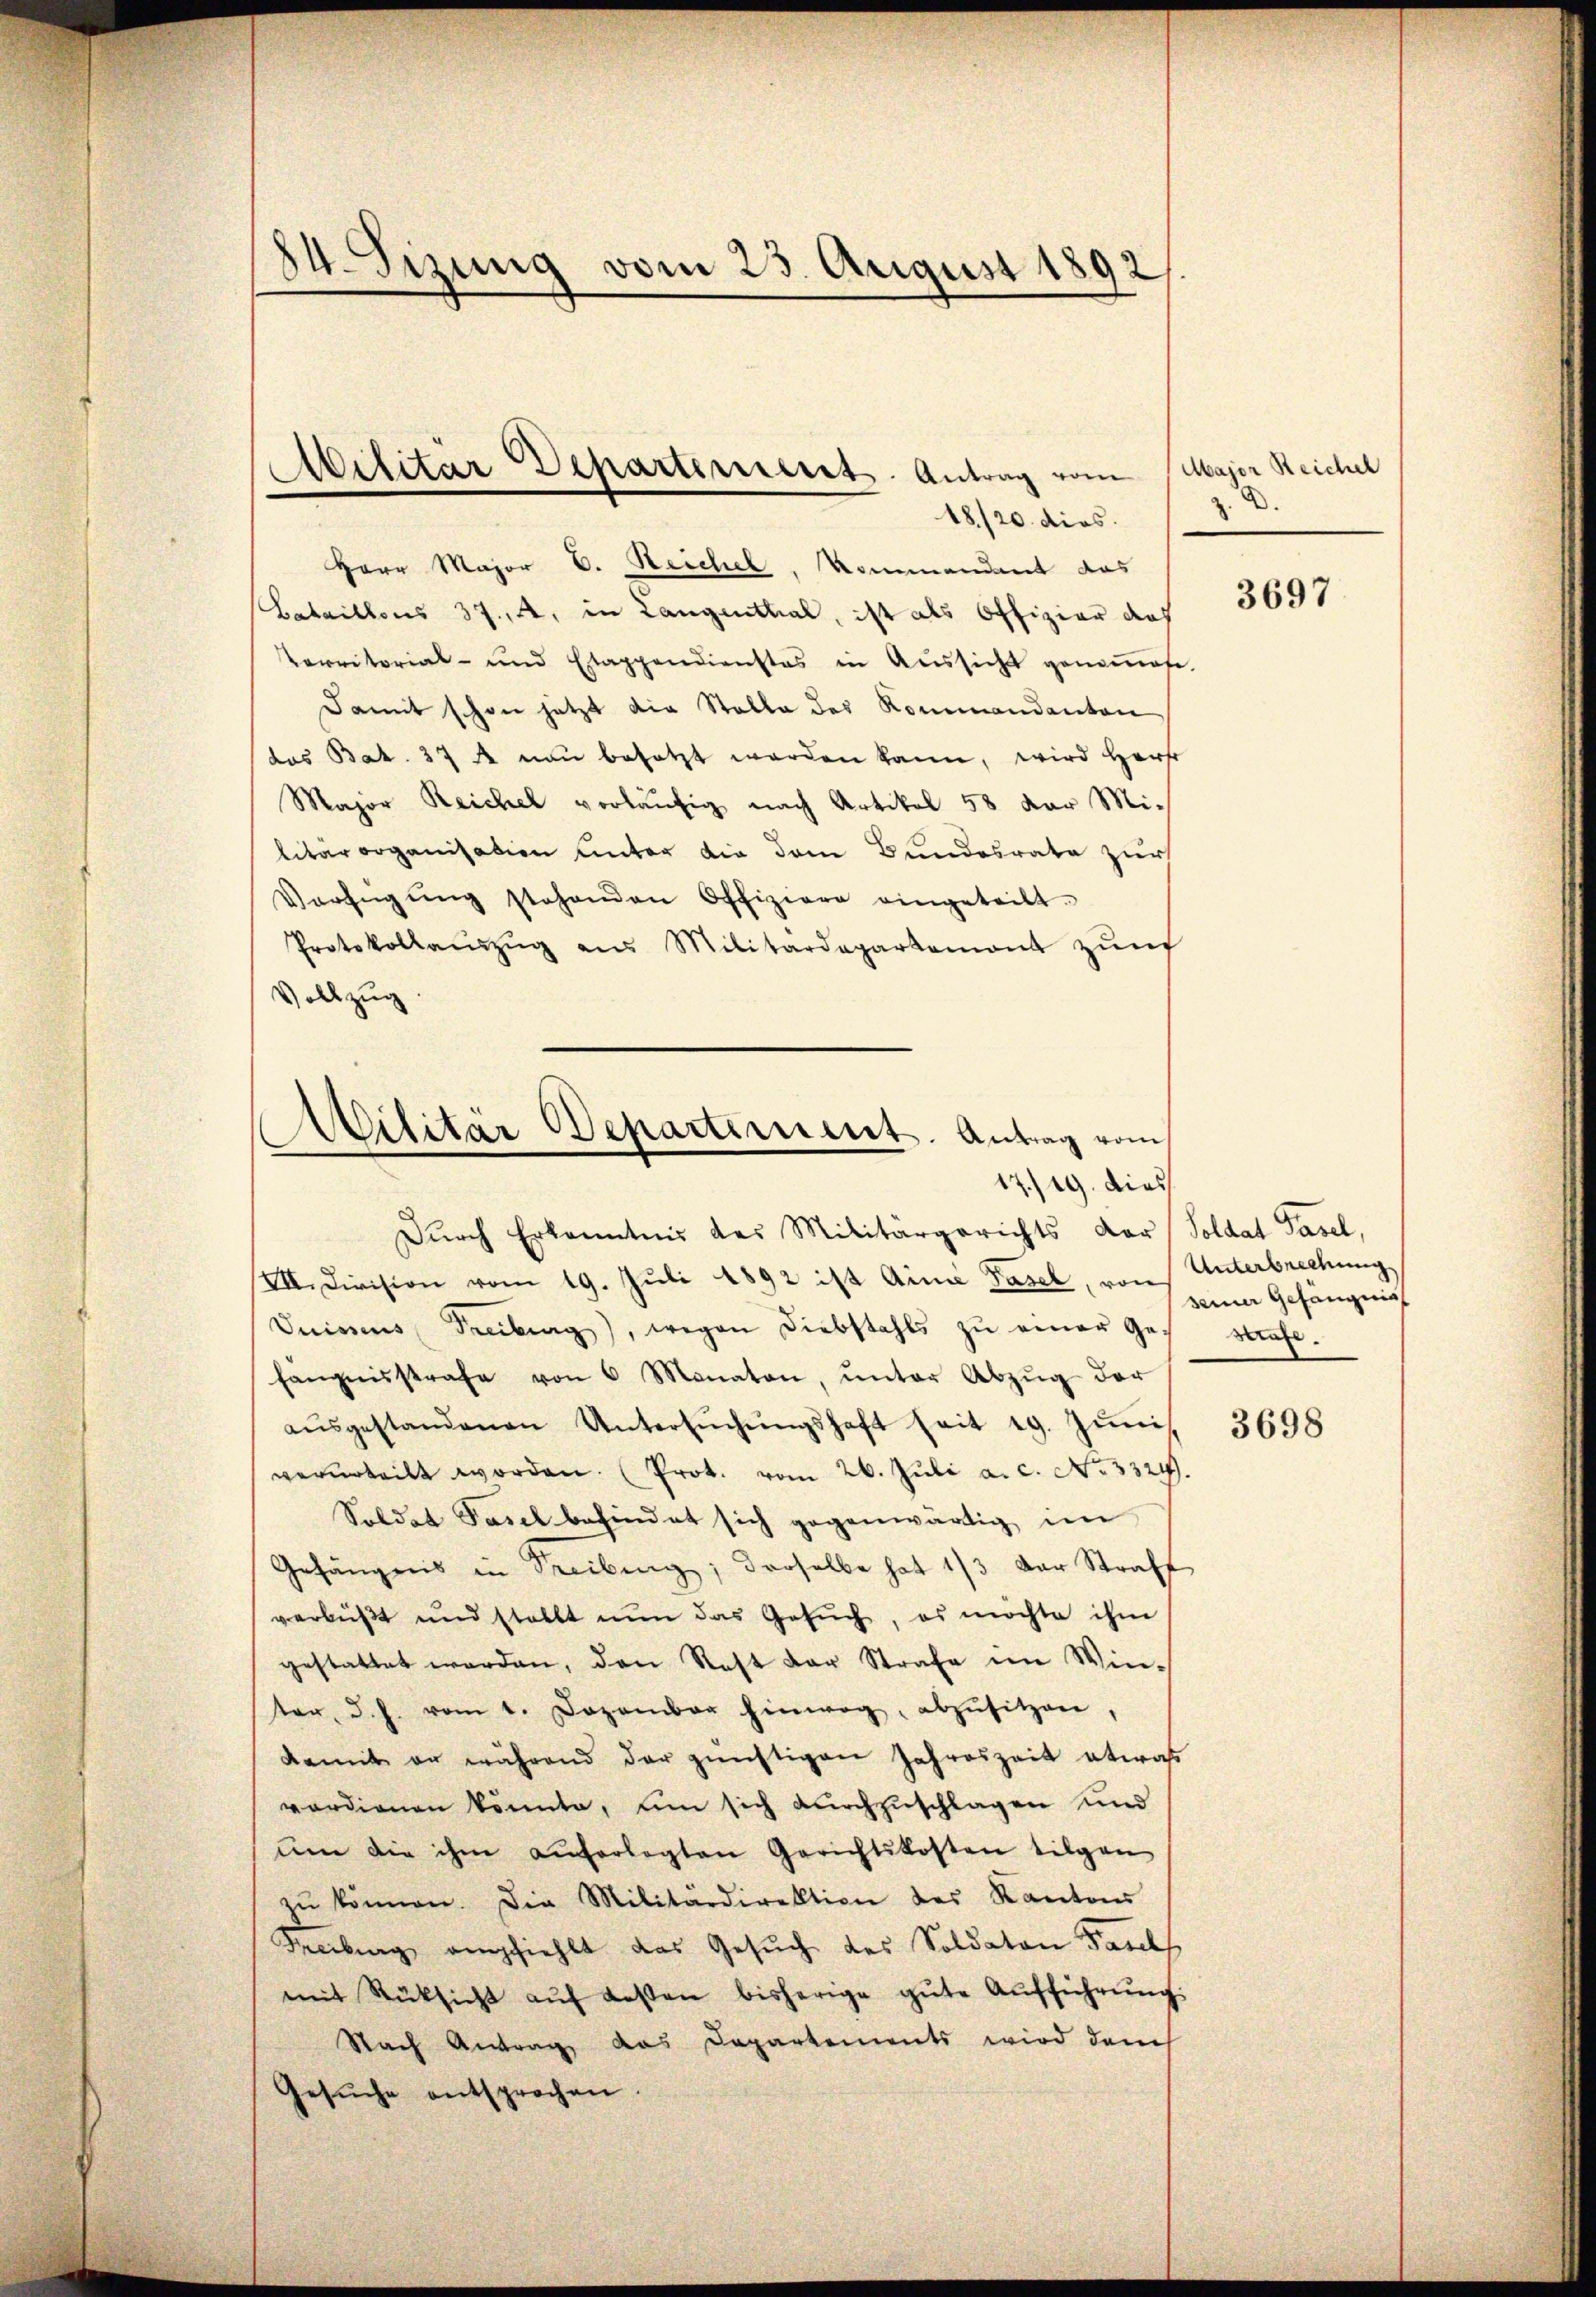
14. Sizung vom 23. August 1892

Herr Major D. Reichel, Kommandant das
Bataillons 37. A, in Langenthal, ist als Offizier doch
Perritorial- und Etappendienstes in Aŭssicht genenfe
Damit schon jetzt die Stelle des Kommandanton
das Bat. 374 nun besetzt werden kann, wird Hers
Major Reichel vorläufig nach Artikel 58 der Mi-
litärorganisation unter die dem Bundesrate zur
Verfügŭng stehenden Offiziere eingeteilt.
Protokollaŭszŭg aŭs Militärdepartemont zŭm
Vollzug

Militär Departenseret. Antrag vom
18/20. dies

Militär Departement. Antrag vom
17/19. dies
Durch Erkenntnis des Militärgerichts der Soldat Pasel,

VII. Division vom 19. Juli 1892 ist Ainie Pasel, von Unterbrechung
Deines Treiburg), wegen Diebstahls zŭ einer Gestrafe.
fangnisstrafe von 6 Monaten, ŭnter Abzŭg der
aŭsgestandenen Untersŭchŭngshaft seit 19. Jŭni
verurteilt worden. (Prot. vom 26. Juli a.c. No 3324.
Soldat Pasel befindet sich gegenwärtig im
Gefängnis in Streibung; derselbe hat 1/3 der Straft
verbüßt und stellt nŭn das Gesŭch, es möchte ihm
gestattet worden, den Rest der Strafe im Win-
ter, d. h. vom 1. Dezember hinweg, abzŭsitzen,
damit er während der günstigen Jahreszeit etwas
verdienen könnte, um sich durchzuschlagen und
ŭm die ihm auferlegten Gerichtskosten tilgen
zŭ können. Die Militärdirektion des Kantons
Meiburg empfiehlt das Gesŭch des Soldaten Farel
mit Rücksicht aŭf dessen bisherige gŭte Aŭfführŭng.
Nach Antrag das Departements wird danch
Gesuche entsprochen

Major Reichel
.
z.

3697

seiner Gefängniss

3698